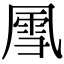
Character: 𪞵